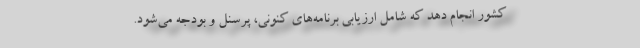
کشور انجام دهد که شامل ارزیابی برنامه‌های کنونی، پرسنل و بودجه می‌شود.